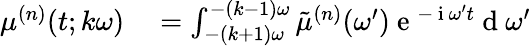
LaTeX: \begin{array}{rl}{\mu^{(n)}(t;k\omega)}&{{}=\int_{-(k+1)\omega}^{-(k-1)\omega}\tilde{\mu}^{(n)}(\omega^{\prime})\mathrm{~e~}^{-\mathrm{~i~}\omega^{\prime}t}\mathrm{~d~}\omega^{\prime}}\end{array}